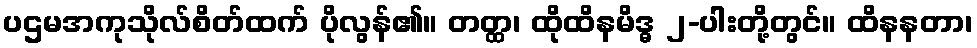
ပဌမအကုသိုလ်စိတ်ထက် ပိုလွန်၏။ တတ္ထ၊ ထိုထိနမိဒ္ဓ ၂-ပါးတို့တွင်။ ထိနနတာ၊